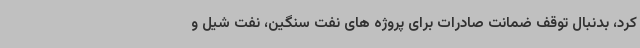
کرد، بدنبال توقف ضمانت صادرات برای پروژه های نفت سنگین، نفت شیل و